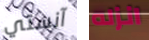
آنستي انزله